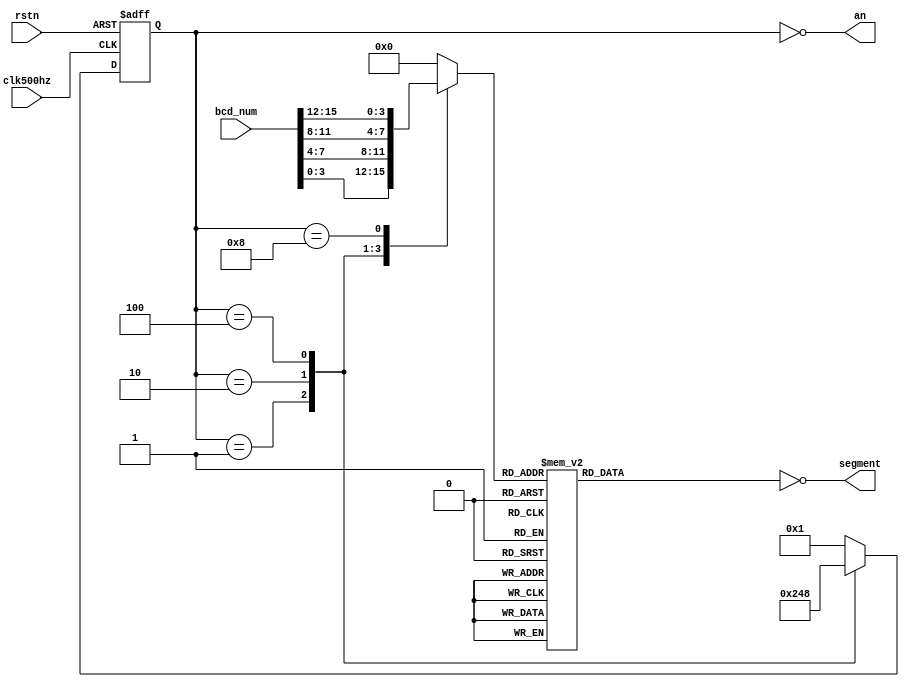
`timescale 1ns / 1ps
//////////////////////////////////////////////////////////////////////////////////
// Company: Singapore University of Tech and Design
// Design Name: 
// Module Name: Segment
// Project Name: 
// Target Devices: 
// Tool Versions: 
// Description: 
// Dependencies: 
// Revision:
// Revision 0.01 - File Created
// Additional Comments:
//////////////////////////////////////////////////////////////////////////////////

module Segment(
    input rstn,
    input clk500hz,
    input [15:0] bcd_num,
    output [3:0] an,
    output [7:0] segment
);
reg [7:0] segment_r;
reg [3:0] an_r;
assign segment = ~ segment_r;
reg [3:0] cur_num_r;        //Register - BCD Number Display at this moment; 
assign an = ~an_r;
//Drive 7Segment Anode;
//When an_r == 0001, DIG4 will turn on;
//When an_r == 0001, at posedge clk500hz, an_r will be set to 0010(DIG3 ON);
//When an_r == 0010, at posedge clk500hz, an_r will be set to 0100(DIG2 ON);
//....
//DIG4 -> DIG3 -> DIG2 -> DIG1 -> DIG4 -> DIG3 -> DIG2 -> ...;
always @(negedge rstn,posedge clk500hz)begin
    if(!rstn)begin
        an_r <= 4'b0000;    //When system reset, empty all display;
    end
    else begin
        case(an_r)                  
        4'b0001: an_r <= 4'b0010;   //DISPLAY ON DIG3
        4'b0010: an_r <= 4'b0100;   //DISPLAY ON DIG2
        4'b0100: an_r <= 4'b1000;   //DISPLAY ON DIG1
        default: an_r <= 4'b0001;   //DISPLAY ON DIG4
        endcase
    end
end

//When DIG4 on, BCD Number Display at this moment is bcd_num[3:0];  (i.e Stop Watch - Second Unit)
//When DIG3 on, BCD Number Display at this moment is bcd_num[7:4];  (i.e Stop Watch - Second Decade)
//When DIG2 on, BCD Number Display at this moment is bcd_num[11:8]; (i.e Stop Watch - Minute Unit)
//When DIG1 on, BCD Number Display at this moment is bcd_num[15:12];(i.e Stop Watch - Minute Decade)
always @(an_r,bcd_num)begin
    case(an_r)
        4'b0001: cur_num_r <= bcd_num[3:0];
        4'b0010: cur_num_r <= bcd_num[7:4];
        4'b0100: cur_num_r <= bcd_num[11:8];
        4'b1000: cur_num_r <= bcd_num[15:12];
        default: cur_num_r <= 4'b0;
    endcase    
end

//Decode BCD NUM into corrosponding 7Segment Code;
always @(cur_num_r) begin
    case(cur_num_r)
        4'h0:segment_r <= 8'hc0;    //NUM "0"
        4'h1:segment_r <= 8'hf9;    //NUM "1"
        4'h2:segment_r <= 8'ha4;    //NUM "2"
        4'h3:segment_r <= 8'hb0;    //NUM "3"
        4'h4:segment_r <= 8'h99;    //NUM "4"
        4'h5:segment_r <= 8'h92;    //NUM "5"
        4'h6:segment_r <= 8'h82;    //NUM "6"
        4'h7:segment_r <= 8'hF8;    //NUM "7"
        4'h8:segment_r <= 8'h80;    //NUM "8"
        4'h9:segment_r <= 8'h90;    //NUM "9"
        default: segment_r <= 8'hff;
    endcase
end

endmodule